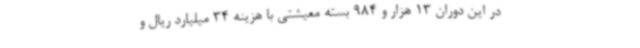
در این دوران 13 هزار و 984 بسته معیشتی با هزینه 34 میلیارد ریال و